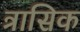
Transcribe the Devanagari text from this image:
त्रासिक